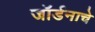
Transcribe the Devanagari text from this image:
जॉर्डनाचे